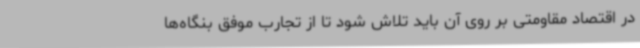
در اقتصاد مقاومتی بر روی آن باید تلاش شود تا از تجارب موفق بنگاه‌ها